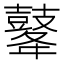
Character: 𪔔